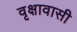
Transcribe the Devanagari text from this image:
वृक्षावासी